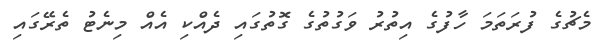
މެޗުގެ ފުރަތަމަ ހާފުގެ އިތުރު ވަގުތުގެ ގޮތުގައި ދެއްކި އެއް މިނެޓު ތެރޭގައި